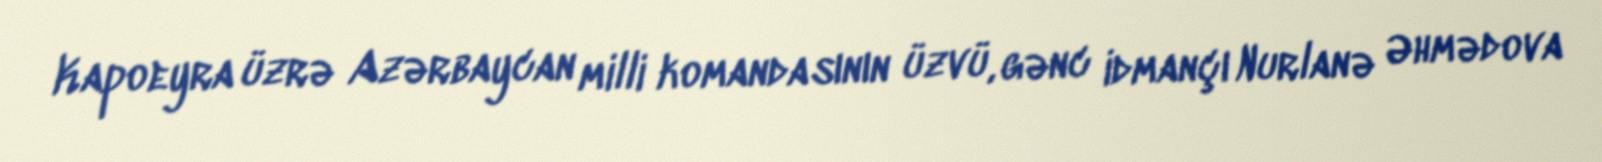
Kapoeyra üzrə Azərbaycan milli komandasının üzvü, gənc idmançı Nurlanə Əhmədova